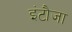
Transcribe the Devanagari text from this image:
इंटौजा